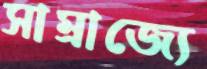
সাম্রাজ্যে